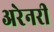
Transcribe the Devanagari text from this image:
अरेनरी